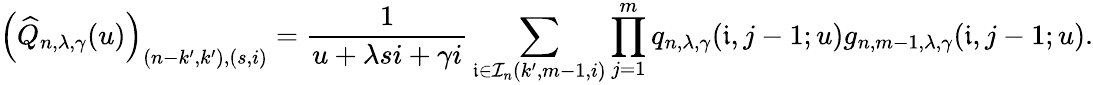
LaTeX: \left(\widehat{Q}_{n,\lambda,\gamma}(u)\right)_{(n-k^{\prime},k^{\prime}),(s,i)}=\frac{1}{u+\lambda si+\gamma i}\sum_{\mathfrak{i}\in\mathcal{I}_{n}(k^{\prime},m-1,i)}\prod_{j=1}^{m}q_{n,\lambda,\gamma}(\mathfrak{i},j-1;u)g_{n,m-1,\lambda,\gamma}(\mathfrak{i},j-1;u).